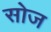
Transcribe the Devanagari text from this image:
सोज